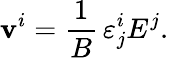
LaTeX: \mathbf{v}^{i}=\frac{{1}}{{B}}\, \varepsilon_{j}^{i}E^{j}.